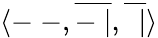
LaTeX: \langle-\ -,{\overline{{-\ |}}},{\overline{{\ \ |}}}\rangle